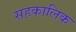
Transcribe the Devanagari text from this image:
सहकालिक